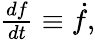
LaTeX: \begin{array}{r}{\frac{df}{dt}\equiv\dot{f},}\end{array}